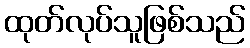
ထုတ်လုပ်သူဖြစ်သည်